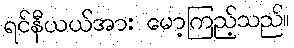
ရင်နီယယ်အား မော့ကြည့်သည်။